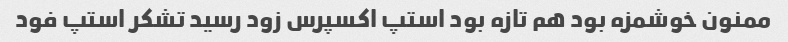
ممنون خوشمزه بود هم تازه بود استپ اکسپرس زود رسید تشکر استپ فود